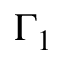
\Gamma _ { 1 }